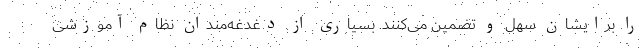
را برایشان سهل و تضمین می‌کنند. بسیاری از دغدغه‌مندان نظام آموزشی